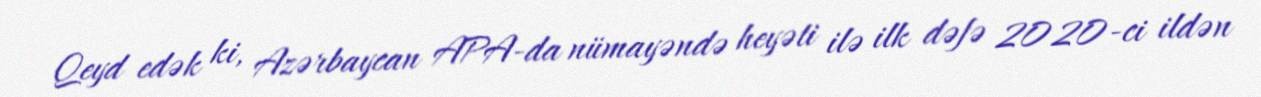
Qeyd edək ki, Azərbaycan APA-da nümayəndə heyəti ilə ilk dəfə 2020-ci ildən